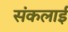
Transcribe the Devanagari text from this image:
संकलाई